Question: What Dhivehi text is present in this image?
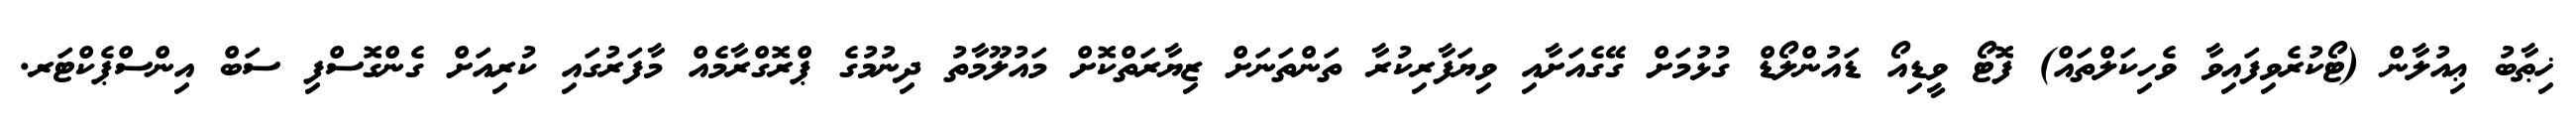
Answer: ޚިޠާބު ޢިއުލާން (ޓޯކުރެވިފައިވާ ވެހިކަލްތައް) ފޮޓޯ ވީޑިއޯ ޑައުންލޯޑް ގުޅުމަށް ގޭގެއަށާއި ވިޔަފާރިކުރާ ތަންތަނަށް ޒިޔާރަތްކޮށް މައުލޫމާތު ދިނުމުގެ ޕްރޮގްރާމެއް މާފަރުގައި ކުރިއަށް ގެންގޮސްފި ސަބް އިންސްޕެކްޓަރ.